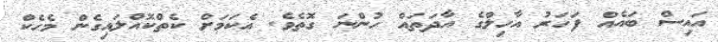
އައިސް ބައެއް ފަހަރު އާހިލްގެ އާދަތައް ހުންނަ ގޮތެވެ. އެކަމަށް ކެތްކޮއްލައިގެން މެހެކް